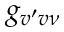
g _ { v ^ { \prime } v \nu }